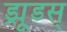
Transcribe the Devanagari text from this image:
ड्र्यूडस्